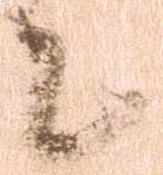
々